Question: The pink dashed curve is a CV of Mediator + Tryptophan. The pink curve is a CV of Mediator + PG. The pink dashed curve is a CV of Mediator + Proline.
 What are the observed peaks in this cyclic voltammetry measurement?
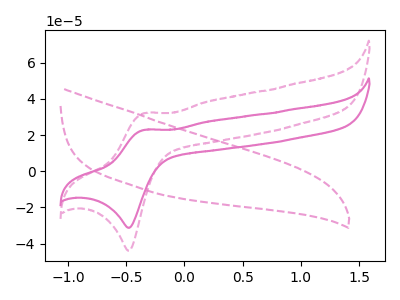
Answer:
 <answer>The pink dashed curve "Mediator + Tryptophan" has no peaks. The pink curve "Mediator + PG" has an anodic peak at (-0.35V, 22.90uA) and a cathodic peak at (-0.45V, -31.30uA). The pink dashed curve "Mediator + Proline" has an anodic peak at (-0.35V, 32.15uA) and a cathodic peak at (-0.45V, -44.00uA).</answer>
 <eval></eval>